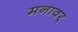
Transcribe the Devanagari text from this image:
मनावर्